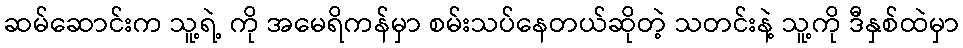
ဆမ်ဆောင်းက သူ့ရဲ့ ကို အမေရိကန်မှာ စမ်းသပ်နေတယ်ဆိုတဲ့ သတင်းနဲ့ သူ့ကို ဒီနှစ်ထဲမှာ